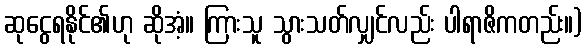
ဆုငွေရနိုင်၏ဟု ဆိုအံ့။ ကြားသူ သွားသတ်လျှင်လည်း ပါရာဇိကတည်း။)